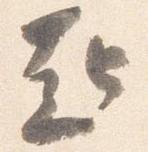
起